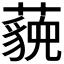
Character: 𬟈